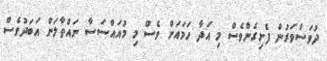
ދުވަސްވަރުން ފެށިގެންވެސް މި އަދާ ހަމައަށް ވެސް މި މުއައްސަސާ ނައްތާލަން އަބަދުވެސް